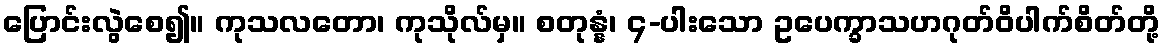
ပြောင်းလွဲစေ၍။ ကုသလတော၊ ကုသိုလ်မှ။ စတုန္နံ၊ ၄-ပါးသော ဥပေက္ခာသဟဂုတ်ဝိပါက်စိတ်တို့